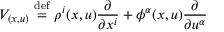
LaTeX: V _ { ( x , u ) } \ { \stackrel { \mathrm { d e f } } { = } } \ \rho ^ { i } ( x , u ) { \frac { \partial } { \partial x ^ { i } } } + \phi ^ { \alpha } ( x , u ) { \frac { \partial } { \partial u ^ { \alpha } } }